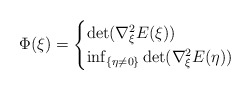
\begin{align*}\Phi(\xi) = \begin{cases} \det(\nabla_{\xi}^2E(\xi)) & \\ \inf_{\{\eta \neq 0\}} \det(\nabla_{\xi}^2E(\eta)) & \end{cases}\end{align*}